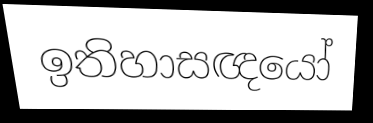
ඉතිහාසඥයෝ